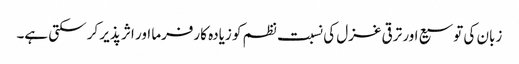
زبان کی توسیع اور ترقی غزل کی نسبت نظم کو زیادہ کارفرما اور اثر پذیر کر سکتی ہے۔